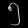
Digit: ၅